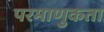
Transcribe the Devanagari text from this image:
परमाणुकता